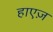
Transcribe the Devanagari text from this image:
हाएज़